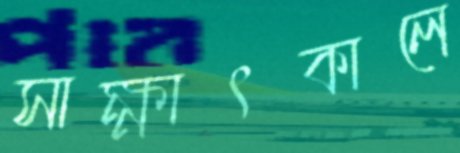
সাক্ষাৎকালে